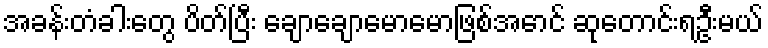
အခန်းတံခါးတွေ ပိတ်ပြီး ချောချောမောမောဖြစ်အောင် ဆုတောင်းရဦးမယ်